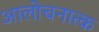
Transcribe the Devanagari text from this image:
आलोचनात्क